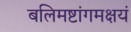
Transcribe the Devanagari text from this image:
बलिमष्टांगमक्षयं